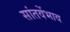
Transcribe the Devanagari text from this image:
सांतवेंभाव